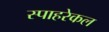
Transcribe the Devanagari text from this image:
स्पाहरेकल